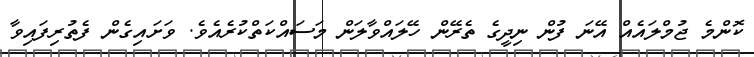
ކޮންމެ ޖުމްލައެއް އޭނަ ފުން ނިދީގެ ތެރޭން ހޭލައްވާލަން މަސައްކަތްކުރެއެވެ. ވަށައިގެން ފެތުރިފައިވާ